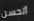
أتحسن